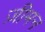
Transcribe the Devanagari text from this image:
ज़ीमन